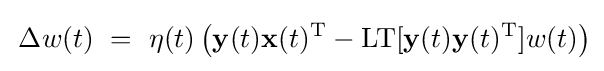
\,\Delta w(t)~=~\eta (t)\left(\mathbf {y} (t)\mathbf {x} (t)^{\mathrm {T} }-\mathrm {LT} [\mathbf {y} (t)\mathbf {y} (t)^{\mathrm {T} }]w(t)\right)